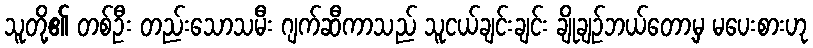
သူတို့၏ တစ်ဦး တည်းသောသမီး ဂျက်ဆီကာသည် သူငယ်ချင်းချင်း ချိုချဉ်ဘယ်တော့မှ မပေးစားဟု